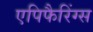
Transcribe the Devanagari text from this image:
एपिफैरिंग्स